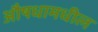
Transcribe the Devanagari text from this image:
औषधामधील